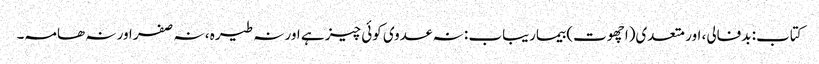
کتاب: بدفالی، اور متعدی(اچھوت) بیماریباب : نہ عدوی کوئی چیز ہے اور نہ طیرہ ، نہ صفر اور نہ ھامہ۔